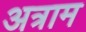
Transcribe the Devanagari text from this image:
अत्राम